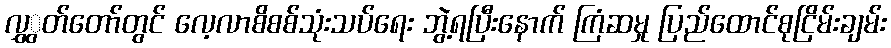
လွှွတ်တော်တွင် လေ့လာစိစစ်သုံးသပ်ရေး ဘွဲ့ရပြီးနောက် ကြံဆမှု ပြည်ထောင်စုငြိမ်းချမ်း